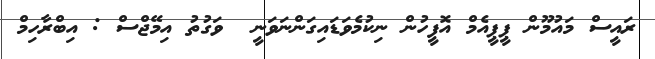
ރައީސް މައުމޫން ޕީޕީއެމް އޮފީހުން ނިކުމެވަޑައިގަންނަވަނީ  ވަގުތު އިމޭޖްސް : އިބްރާހިމް